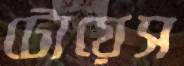
টোয়েস